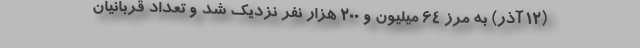
(۱۲ آذر) به مرز ۶۴ میلیون و ۲۰۰ هزار نفر نزدیک شد و تعداد قربانیان